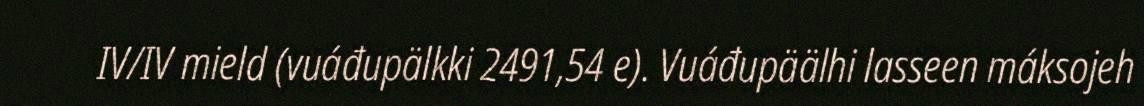
IV/IV mield (vuáđupälkki 2491,54 e). Vuáđupäälhi lasseen máksojeh